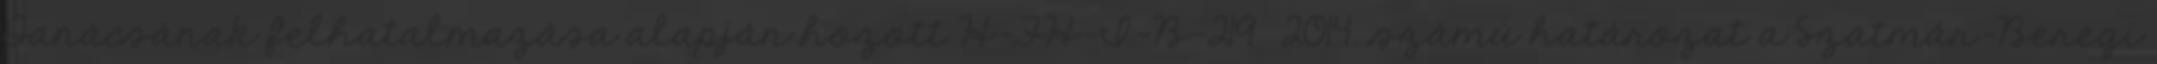
Tanácsának felhatalmazása alapján hozott H-FH-I-B-219 2014. számú határozat a Szatmár-Beregi